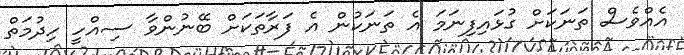
އެއްވެސް ތަނަަކަށް ގުޅައިފިނަމަ އެ ތަނަކުން އެ ފަރާތަކަށް ބޭނުންވާ ސިއްހީ ހިދުމަތް